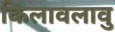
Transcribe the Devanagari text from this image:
किलावलावु